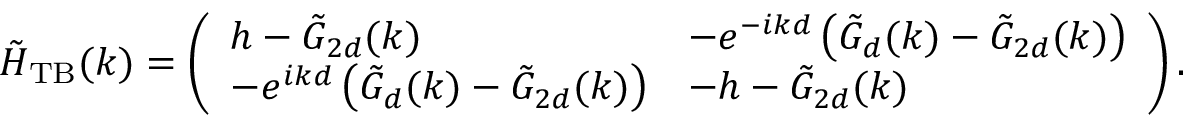
\tilde { H } _ { \mathrm { T B } } ( k ) = \left( \begin{array} { l l } { h - \tilde { G } _ { 2 d } ( k ) } & { - e ^ { - i k d } \left( \tilde { G } _ { d } ( k ) - \tilde { G } _ { 2 d } ( k ) \right) } \\ { - e ^ { i k d } \left( \tilde { G } _ { d } ( k ) - \tilde { G } _ { 2 d } ( k ) \right) } & { - h - \tilde { G } _ { 2 d } ( k ) } \end{array} \right) .